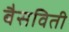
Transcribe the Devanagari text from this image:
बैसविती